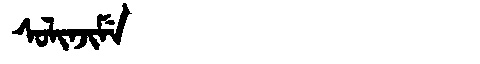
Manchu: ᠰᠣᠯᡳᠨᠵᡳᠮᡝ
Romanization: SOLINJIME